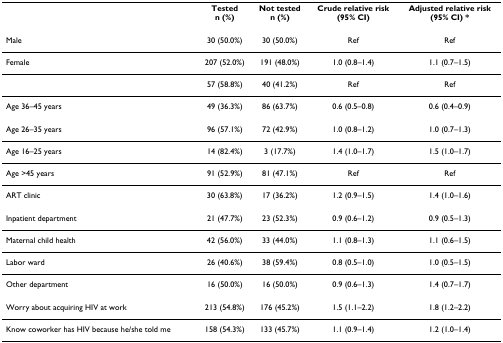
|  | Testedn (%) | Not testedn (%) | Crude relative risk(95% CI) | Adjusted relative risk(95% CI) * |
 | --- | --- | --- | --- | --- |
 | Male | 30 (50.0%) | 30 (50.0%) | Ref | Ref |
 | Female | 207 (52.0%) | 191 (48.0%) | 1.0 (0.8–1.4) | 1.1 (0.7–1.5) |
 |  | 57 (58.8%) | 40 (41.2%) | Ref | Ref |
 | Age 36–45 years | 49 (36.3%) | 86 (63.7%) | 0.6 (0.5–0.8) | 0.6 (0.4–0.9) |
 | Age 26–35 years | 96 (57.1%) | 72 (42.9%) | 1.0 (0.8–1.2) | 1.0 (0.7–1.3) |
 | Age 16–25 years | 14 (82.4%) | 3 (17.7%) | 1.4 (1.0–1.7) | 1.5 (1.0–1.7) |
 | Age >45 years | 91 (52.9%) | 81 (47.1%) | Ref | Ref |
 | ART clinic | 30 (63.8%) | 17 (36.2%) | 1.2 (0.9–1.5) | 1.4 (1.0–1.6) |
 | Inpatient department | 21 (47.7%) | 23 (52.3%) | 0.9 (0.6–1.2) | 0.9 (0.5–1.3) |
 | Maternal child health | 42 (56.0%) | 33 (44.0%) | 1.1 (0.8–1.3) | 1.1 (0.6–1.5) |
 | Labor ward | 26 (40.6%) | 38 (59.4%) | 0.8 (0.5–1.0) | 1.0 (0.5–1.5) |
 | Other department | 16 (50.0%) | 16 (50.0%) | 0.9 (0.6–1.3) | 1.4 (0.7–1.7) |
 | Worry about acquiring HIV at work | 213 (54.8%) | 176 (45.2%) | 1.5 (1.1–2.2) | 1.8 (1.2–2.2) |
 | Know coworker has HIV because he/she told me | 158 (54.3%) | 133 (45.7%) | 1.1 (0.9–1.4) | 1.2 (1.0–1.4) |